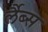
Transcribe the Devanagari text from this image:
र्लैब्स